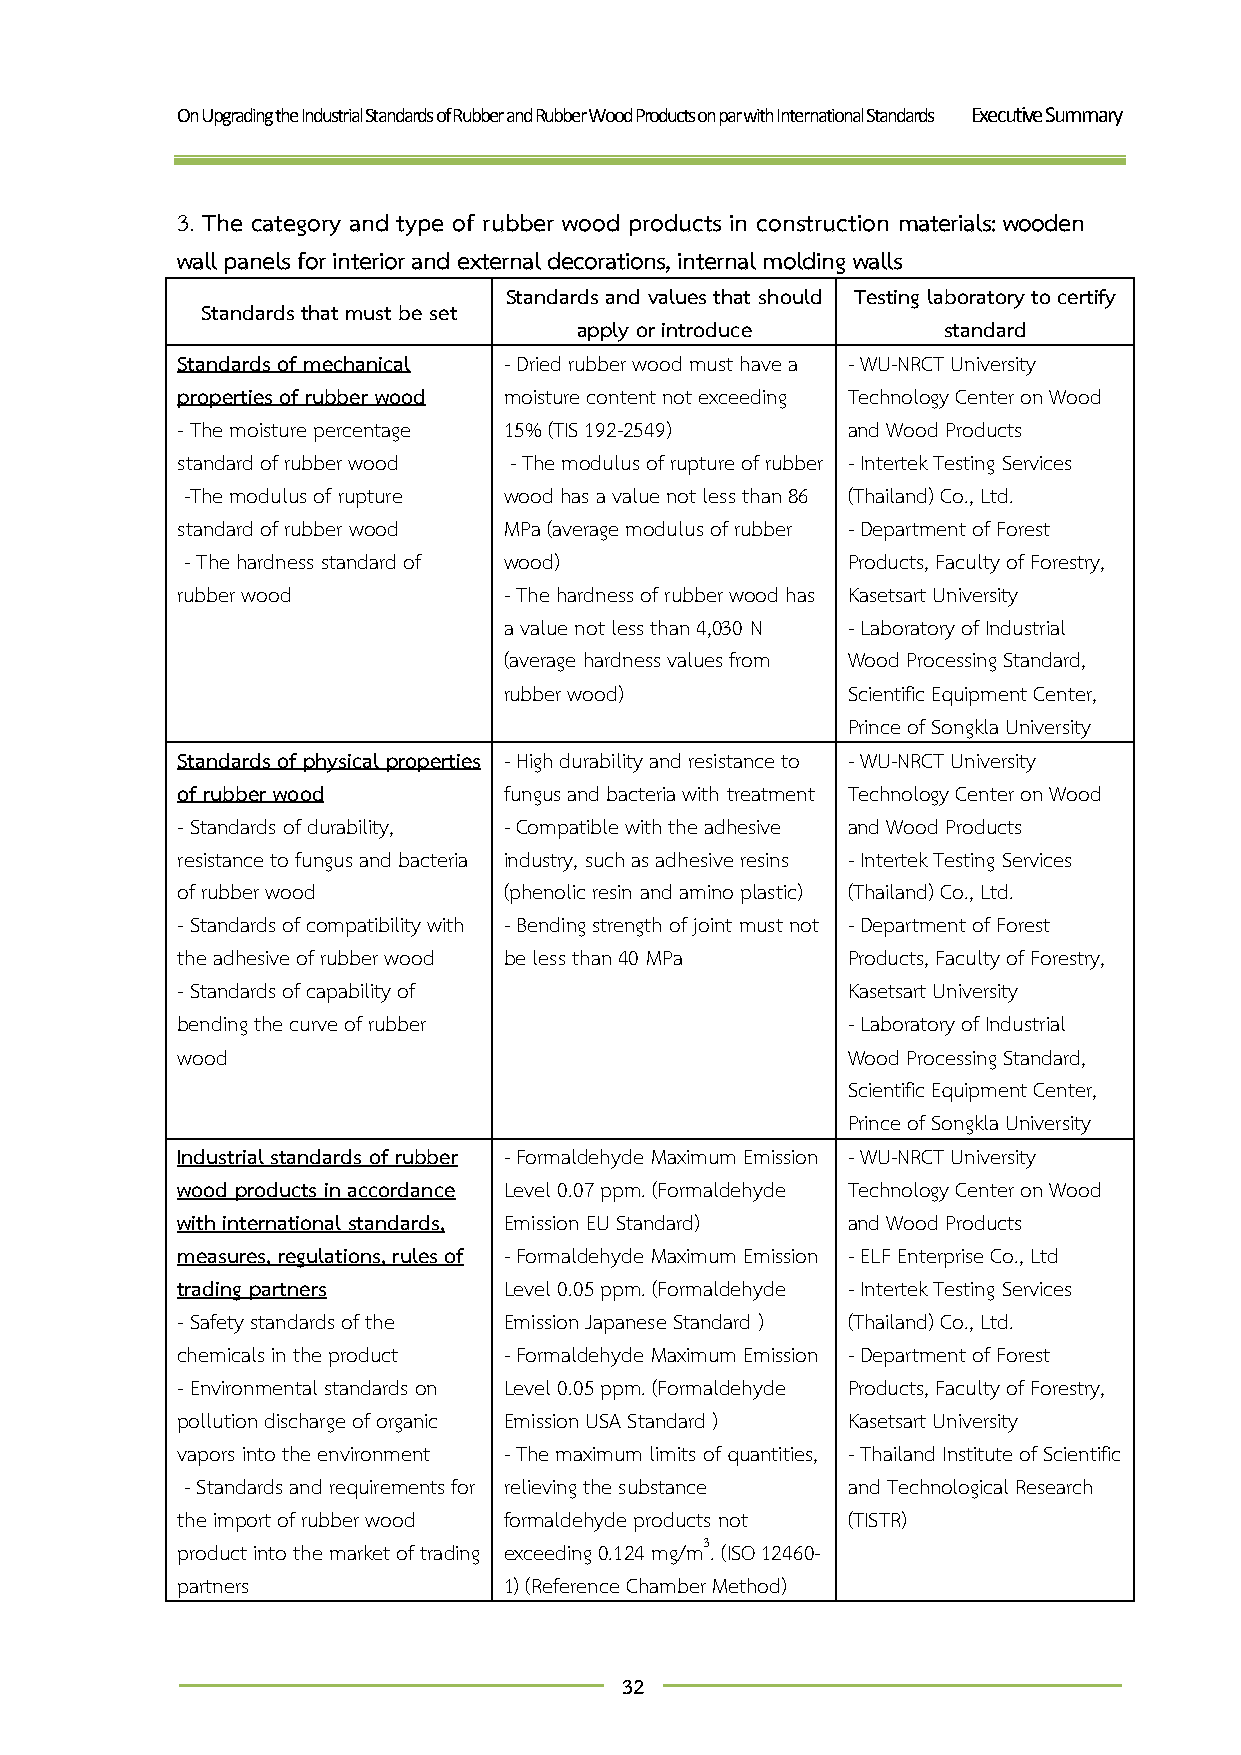
On Upgrading the Industrial Standards of Rubber and Rubber Wood Products on par with International Standards Executive Summary
 3. The category and type of rubber wood products in construction materials: wooden
 wall panels for interior and external decorations, internal molding walls
 Standards and values that should Testing laboratory to certify
 Standards that must be set
 apply or introduce      standard
 Standards of mechanical - Dried rubber wood must have a - WU-NRCT University
 properties of rubber wood moisture content not exceeding Technology Center on Wood
 - The moisture percentage 15% (TIS 192-2549) and Wood Products
 standard of rubber wood - The modulus of rupture of rubber - Intertek Testing Services
 -The modulus of rupture wood has a value not less than 86 (Thailand) Co., Ltd.
 standard of rubber wood MPa (average modulus of rubber - Department of Forest
 - The hardness standard of wood)            Products, Faculty of Forestry,
 rubber wood          - The hardness of rubber wood has Kasetsart University
 a value not less than 4,030 N - Laboratory of Industrial
 (average hardness values from Wood Processing Standard,
 rubber wood)           Scientific Equipment Center,
 Prince of Songkla University
 Standards of physical properties - High durability and resistance to - WU-NRCT University
 of rubber wood       fungus and bacteria with treatment Technology Center on Wood
 - Standards of durability, - Compatible with the adhesive and Wood Products
 resistance to fungus and bacteria industry, such as adhesive resins - Intertek Testing Services
 of rubber wood       (phenolic resin and amino plastic) (Thailand) Co., Ltd.
 - Standards of compatibility with - Bending strength of joint must not - Department of Forest
 the adhesive of rubber wood be less than 40 MPa Products, Faculty of Forestry,
 - Standards of capability of                Kasetsart University
 bending the curve of rubber                 - Laboratory of Industrial
 wood                                        Wood Processing Standard,
 Scientific Equipment Center,
 Prince of Songkla University
 Industrial standards of rubber - Formaldehyde Maximum Emission - WU-NRCT University
 wood products in accordance Level 0.07 ppm. (Formaldehyde Technology Center on Wood
 with international standards, Emission EU Standard) and Wood Products
 measures, regulations, rules of - Formaldehyde Maximum Emission - ELF Enterprise Co., Ltd
 trading partners     Level 0.05 ppm. (Formaldehyde - Intertek Testing Services
 - Safety standards of the Emission Japanese Standard ) (Thailand) Co., Ltd.
 chemicals in the product - Formaldehyde Maximum Emission - Department of Forest
 - Environmental standards on Level 0.05 ppm. (Formaldehyde Products, Faculty of Forestry,
 pollution discharge of organic Emission USA Standard ) Kasetsart University
 vapors into the environment - The maximum limits of quantities, - Thailand Institute of Scientific
 - Standards and requirements for relieving the substance and Technological Research
 the import of rubber wood formaldehyde products not (TISTR)
 product into the market of trading exceeding 0.124 mg/m3. (ISO 12460-
 partners             1) (Reference Chamber Method)
 32